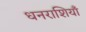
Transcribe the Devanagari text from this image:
धनराशियाँ